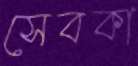
সেবকা